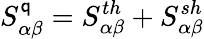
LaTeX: S_{\alpha\beta}^{\mathsf{q}}=S_{\alpha\beta}^{th}+S_{\alpha\beta}^{sh}